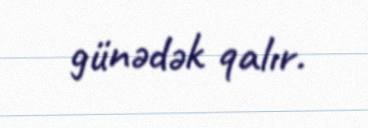
günədək qalır.